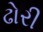
ઢોરી